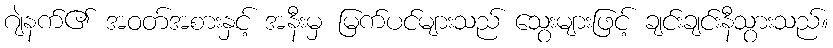
ဂျဲနက်၏ အဝတ်အစားနှင့် အနီးမှ မြက်ပင်များသည် သွေးများဖြင့် ချင်းချင်းနီသွားသည်။